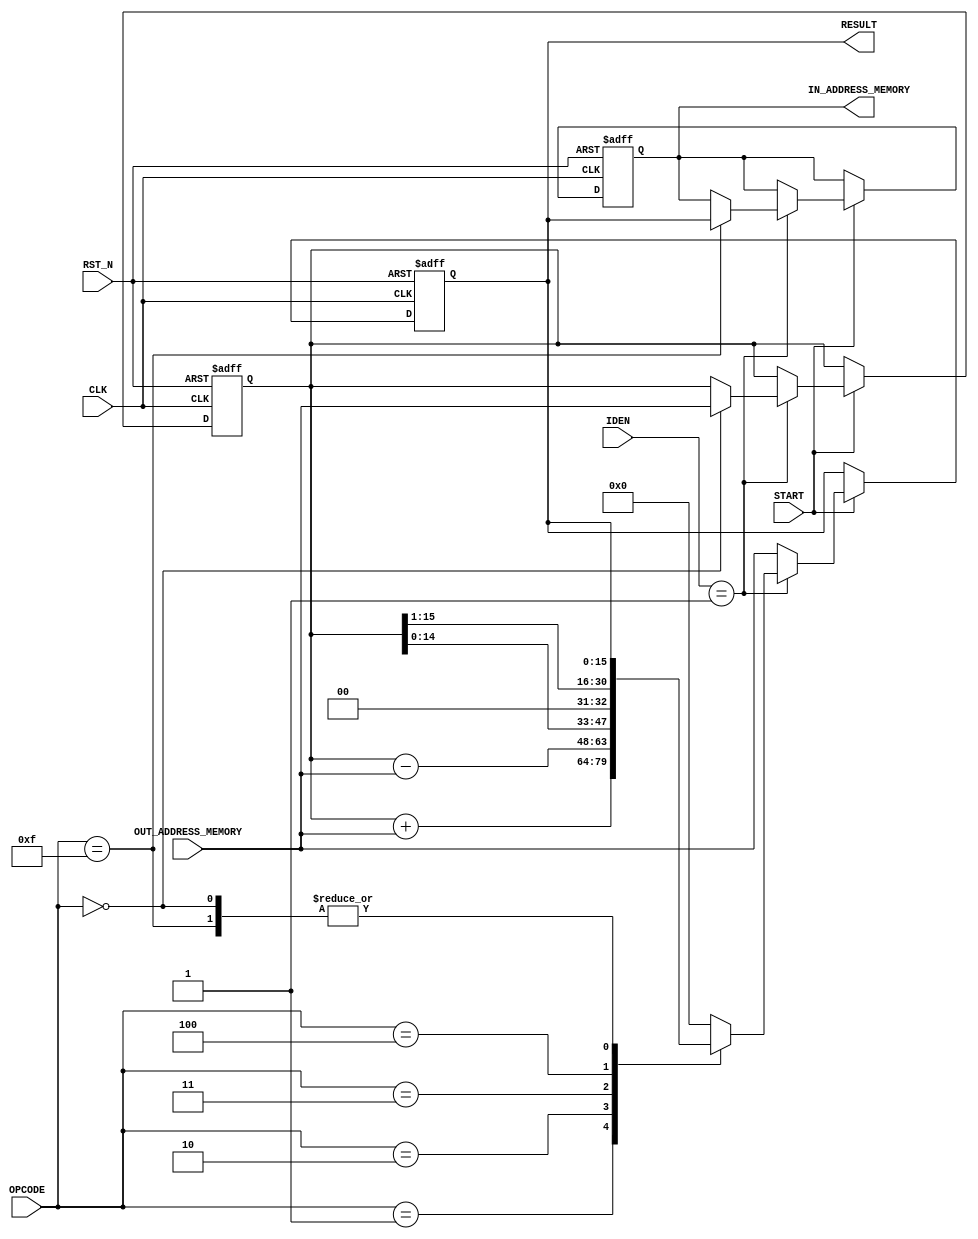
module execute (
	input	wire	CLK,
	input	wire	RST_N,
	input wire 	START,
	input	wire	[1:0]	IDEN,
	input wire	[3:0]  	OPCODE,
	input	wire	[15:0] OUT_ADDRESS_MEMORY,	// input mem[ADDRESS]
	output wire	[15:0] IN_ADDRESS_MEMORY,	  // output mem[ADDRESS]
	output wire	[15:0] RESULT
);

reg [15:0] ia_mem;
reg [15:0] result;
reg [15:0] ar;	// Arithmetic Register : 

assign IN_ADDRESS_MEMORY = ia_mem;
assign RESULT = result;

always @(posedge CLK, negedge RST_N) begin
	if (!RST_N) begin
		ia_mem <= 16'b0;
		ar 	<= 0;
		result <= 0;
	end

	else begin
		if (START) begin
			if (IDEN == 2'b01) begin
				case (OPCODE)
					4'b0000 : ar <= OUT_ADDRESS_MEMORY;
					4'b0001 : result <= ar + OUT_ADDRESS_MEMORY;
					4'b0010 : result <= ar  - OUT_ADDRESS_MEMORY;
					4'b0011 : result <= ar << 1;
					4'b0100 : result <= ar >> 1;
					4'b1111 : ia_mem <= result;
					default : result <= 0;
				endcase
			end

			else begin
				result <= OUT_ADDRESS_MEMORY;
			end
		end

		else begin
			result <= result;
		end
	end
end

endmodule